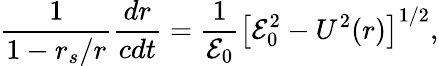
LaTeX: \frac{1}{1-r_{s}/r}\frac{dr}{cdt}=\frac{1}{{\cal{E}}_{0}}\left[{\cal{E}}_{0}^{2}-U^{2}(r)\right]^{1/2},